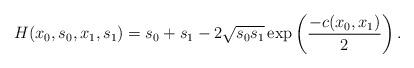
LaTeX: \begin{align*}H(x_0,s_0,x_1,s_1) = s_0 + s_1 - 2\sqrt{s_0s_1}\exp\left(\frac{-c(x_0,x_1)}{2}\right).\end{align*}